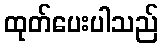
ထုတ်ပေးပါသည်